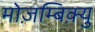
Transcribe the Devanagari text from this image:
मोज़म्बिक़्यु